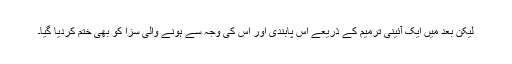
لیکن بعد میں ایک آئینی ترمیم کے ذریعے اس پابندی اور اس کی وجہ سے ہونے والی سزا کو بھی ختم کردیا گیا۔